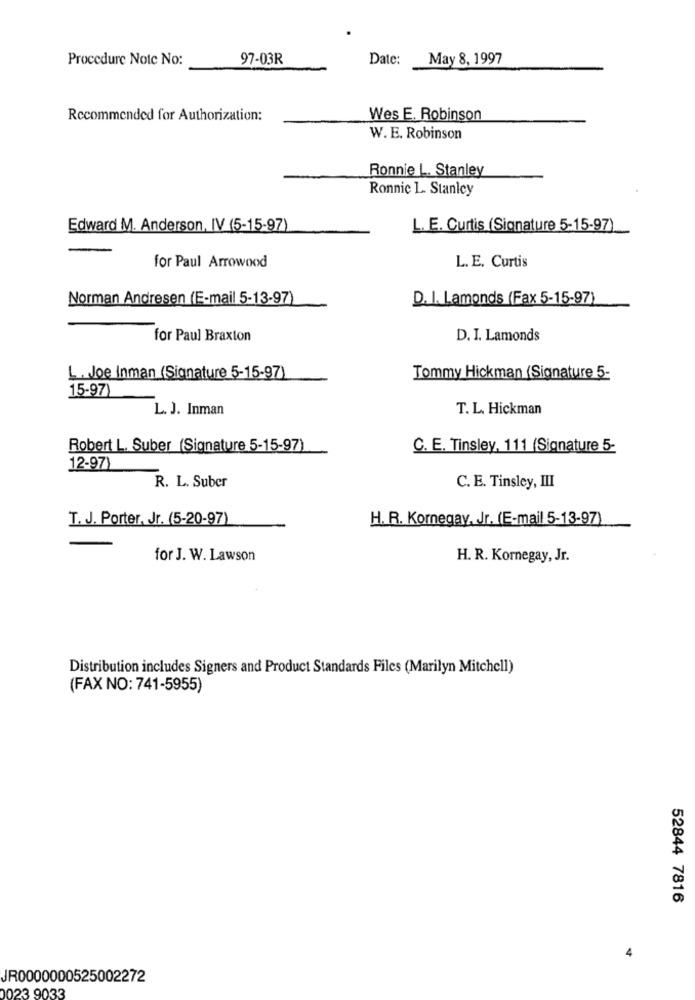
Procedure Note No:
97-03R
Date:
May 8, 1997
Recommended for Authorization:
Wes E. Robinson
W. E. Robinson
Ronnie L. Stanley
Ronnic L. Stanley
Edward M. Anderson, IV (5-15-97)
L. E. Curtis (Signature 5-15-97)
L. E. Curtis
for Paul Arrowood
Norman Andresen (E-mail 5-13-97)
D. I. Lamonds (Fax 5-15-97)
for Paul Braxton
D. I. Lamonds
L. Joe Inman (Signature 5-15-97)
Tommy Hickman (Signature 5-
15-97)
L. J. Inman
T. L. Hickman
Robert L. Suber (Signature 5-15-97)
C. E. Tinsley, 111 (Signature 5-
12-97)
C. E. Tinsley, III
R. L. Suber
T. J. Porter, Jr. (5-20-97)
H. R. Kornegay, Jr. (E-mail 5-13-97)
for J. W. Lawson
H. R. Kornegay, Jr.
Distribution includes Signers and Product Standards Files (Marilyn Mitchell)
(FAX NO: 741-5955)
52844 7816
4
JR0000000525002272
0023 9033